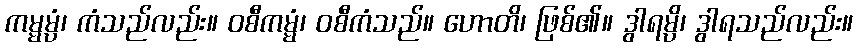
ကမ္မမ္ပံ၊ ကံသည်လည်း။ ဝစီကမ္မံ၊ ဝစီကံသည်။ ဟောတိ၊ ဖြစ်၏။ ဒွါရမ္ပိ၊ ဒွါရသည်လည်း။